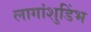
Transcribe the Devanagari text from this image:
लागांशुडिंभ